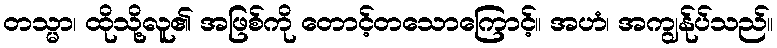
တသ္မာ၊ ထိုသို့လူ၏ အဖြစ်ကို တောင့်တသောကြောင့်။ အဟံ၊ အကျွန်ုပ်သည်။